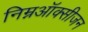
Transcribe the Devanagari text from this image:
निम्नऑक्सीजन